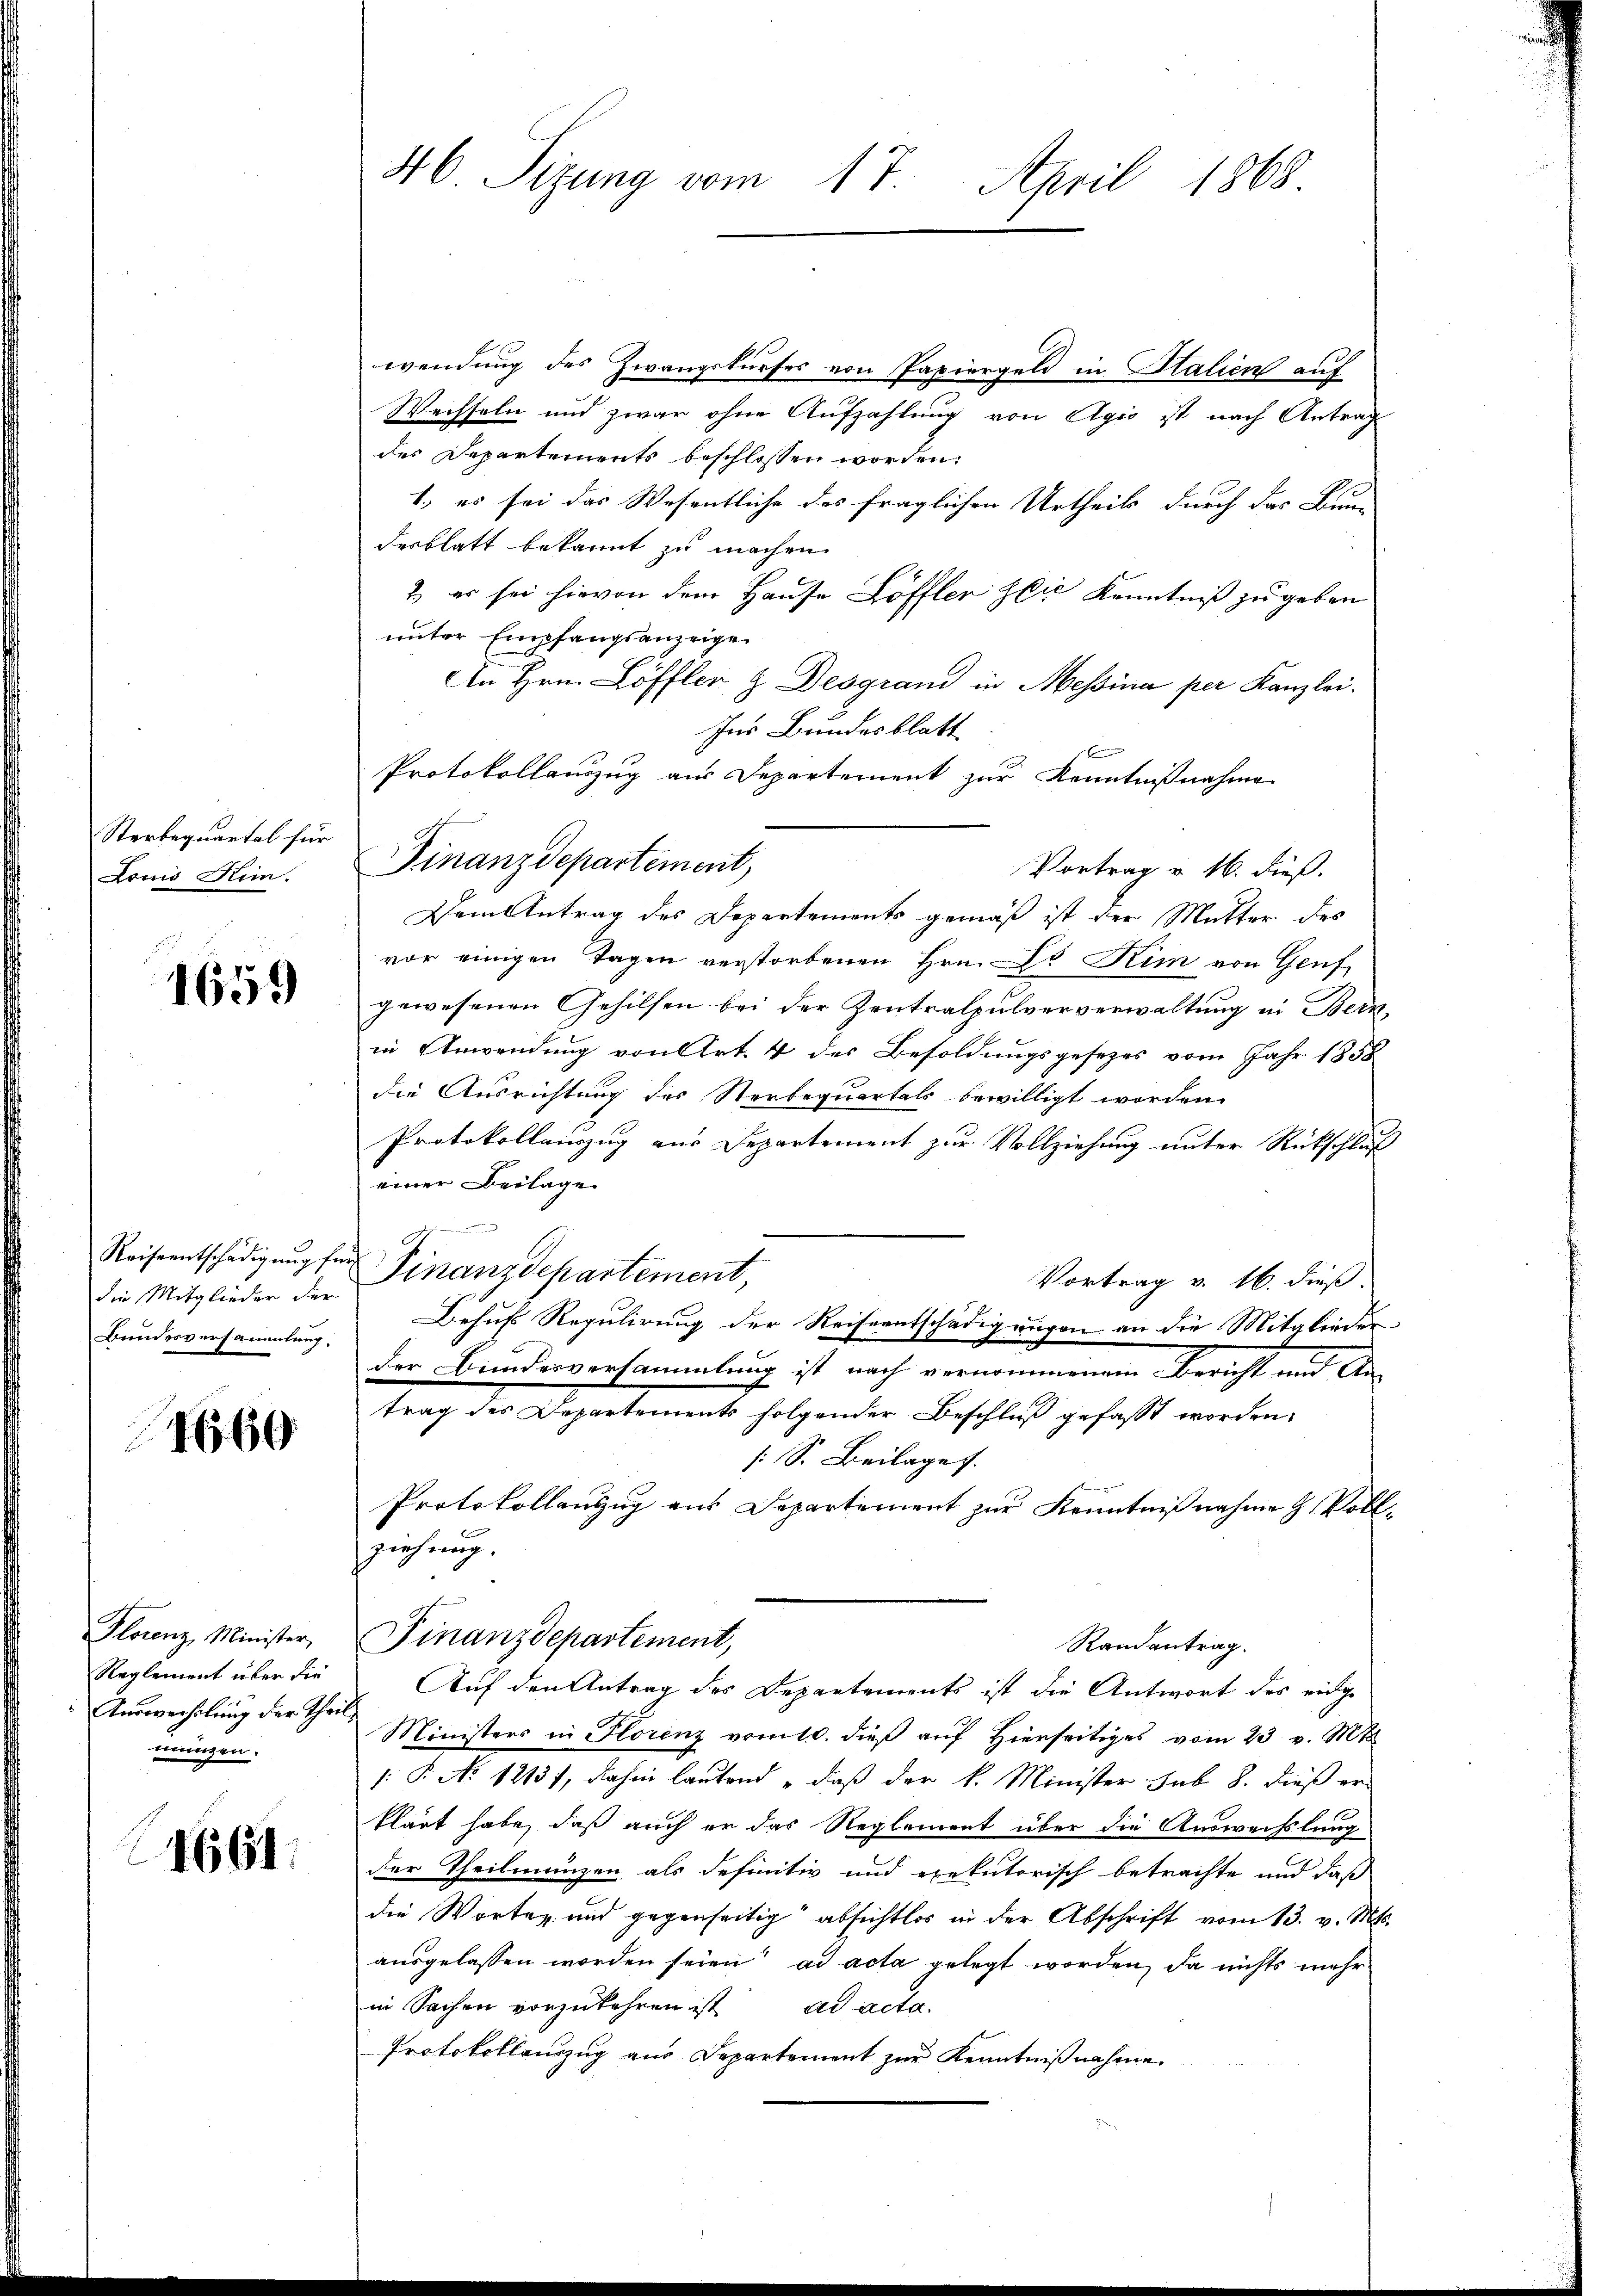
Sterbequartal für
Lonis Kin-

1659

die Mitglieder der
Bundesversammlung.

4660

Florenz, Minister,
Reglement über die
Auswechslung der Theil
mungen.

1661.

46 Sizung vom 17. April 1868.

wendung des Zwangskurses von Papiergeld in Italien auf
Wechseln und zwar ohne Aufzahlung von Agio ist nach Antrag
des Departements beschlossen worden.
1., es sei das Wesentliche des fraglichen Urtheils durch das Bun
desblatt bekannt zu machen.
2. er sei hievon dem Hause Löffler Zeit Kenntniß zu geben
unter Empfangsanzeige
An Hrn. Löffler & Desgrand in Messina per Kanzlei.
Ins Bundesblatt
Protokollauszug aus Departement zur Kenntnißnahme
Vortrag v. 16. dieß.
Dem Antrag des Departements gemäß ist der Mutter des
vor einigen Tagen verstorbenen Hrn. Dr. Kim von Genf
gewesenen Gehilfen bei der Zentralpulververwaltung in Bern,
in Anwendung von Art. 4 des Besoldungsgesezes vom Jahr 1858
die Ausrichtung des Sterbequartals bewilligt worden.
Protokollanzug aus Departement zur Vollziehung unter Rückschluß
einer Beilage
Reiseentschädigung für Finanzdepartement
Vortrag v. 16. dieß
Behufs Regulirung der Reiseentschädigungen an die Mitgliederder Bundesversammlung ist nach vernommenem Bericht und An-
trag der Departements folgender Beschluß gefasst worden.
s: S. Beilage.
Protokollanzug aus Departement zur Kenntnißnahme & Vollziehung.
Finanzdepartement,
Randantrag.
Auf den Antrag des Departements ist die Antwort des eidge
Ministers in Florenz vom 10. dieß auf Hierseitiges vom 23. v. Mt
: P. No 1213, dahin lautend „daß der k. Minister sub 8. dieß er-
klärt habe, daß auch er das Reglement über die Auswechslung
der Theilmanzen als definitiv und exekutorisch betrachte und daß
die Worten und gegenseitig absichtlos in der Abschrift vom 13. v. Mts.
ausgelassen worden seien ad acta gelegt worden, da nichts mehr
in Sachen vorzukehren ist ad acta.
Protokollenzug aus Departement zur Kenntnißnahme

Finanzdepartement,